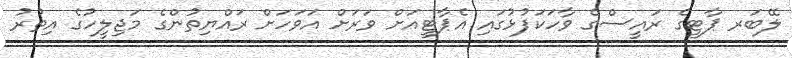
ލޭބަރ ޕާޓީގެ ރައީސްގެ ވާހަކަފުޅުގައި އެޕާޓީއަށް ވަރަށް އަވަހަށް ރައްޔިތުންގެ މަޖިލީހުގެ އިތުރު